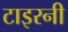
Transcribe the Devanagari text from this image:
टाइरनी